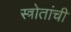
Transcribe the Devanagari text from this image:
स्त्रोतांची